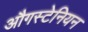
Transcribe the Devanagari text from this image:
औगस्टेनियन